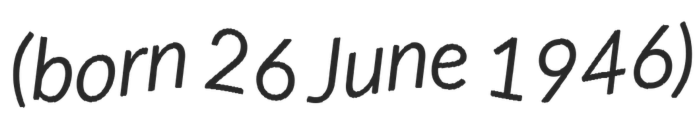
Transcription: (born 26 June 1946)